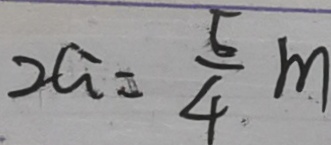
2 a = \frac { 5 } { 4 } m